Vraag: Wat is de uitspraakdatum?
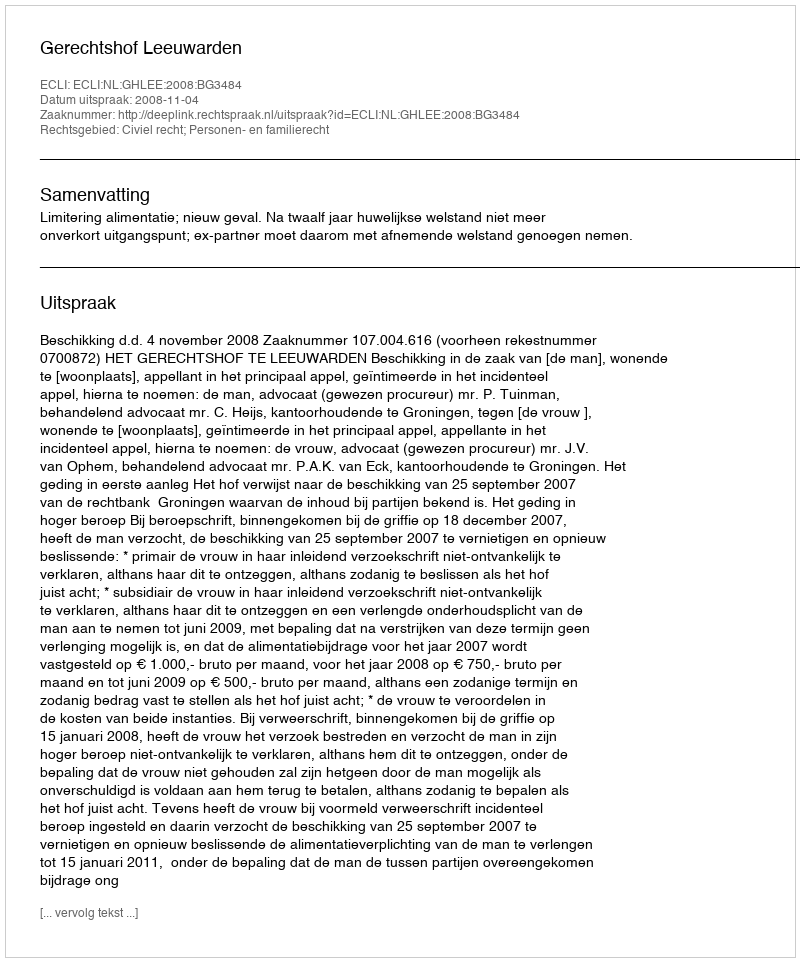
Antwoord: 2008-11-04